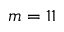
m = 1 1